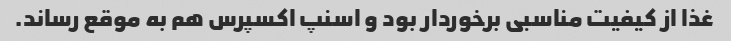
غذا از کیفیت مناسبی برخوردار بود و اسنپ اکسپرس هم به موقع رساند.